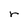
Character: r